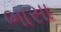
ભાસા